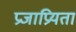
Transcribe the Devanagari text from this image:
प्रजाप्रियता